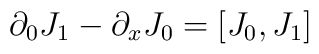
\partial_{0} J_{1} - \partial_{x} J_{0} = [ J_{0},J_{1} ]